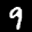
Label: 9